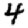
Digit: 4